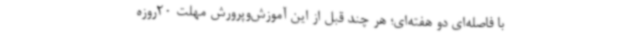
با فاصله‌ای دو هفته‌ای؛ هر چند قبل از این آموزش‌وپرورش مهلت 20روزه